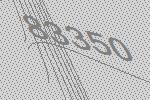
83350